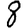
Digit: 8